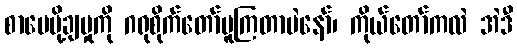
စာပေပို့ချမှုကို ဂရုစိုက်တော်မူကြတာပဲနော်၊ ကိုယ်တော်ကလဲ အဲဒီ